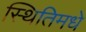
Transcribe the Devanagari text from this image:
स्थितिमधे